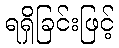
ရရှိခြင်းဖြင့်